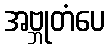
အဗ္ဘုတံပေ